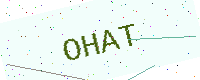
Text: OHAT